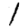
Digit: 1